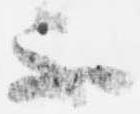
不